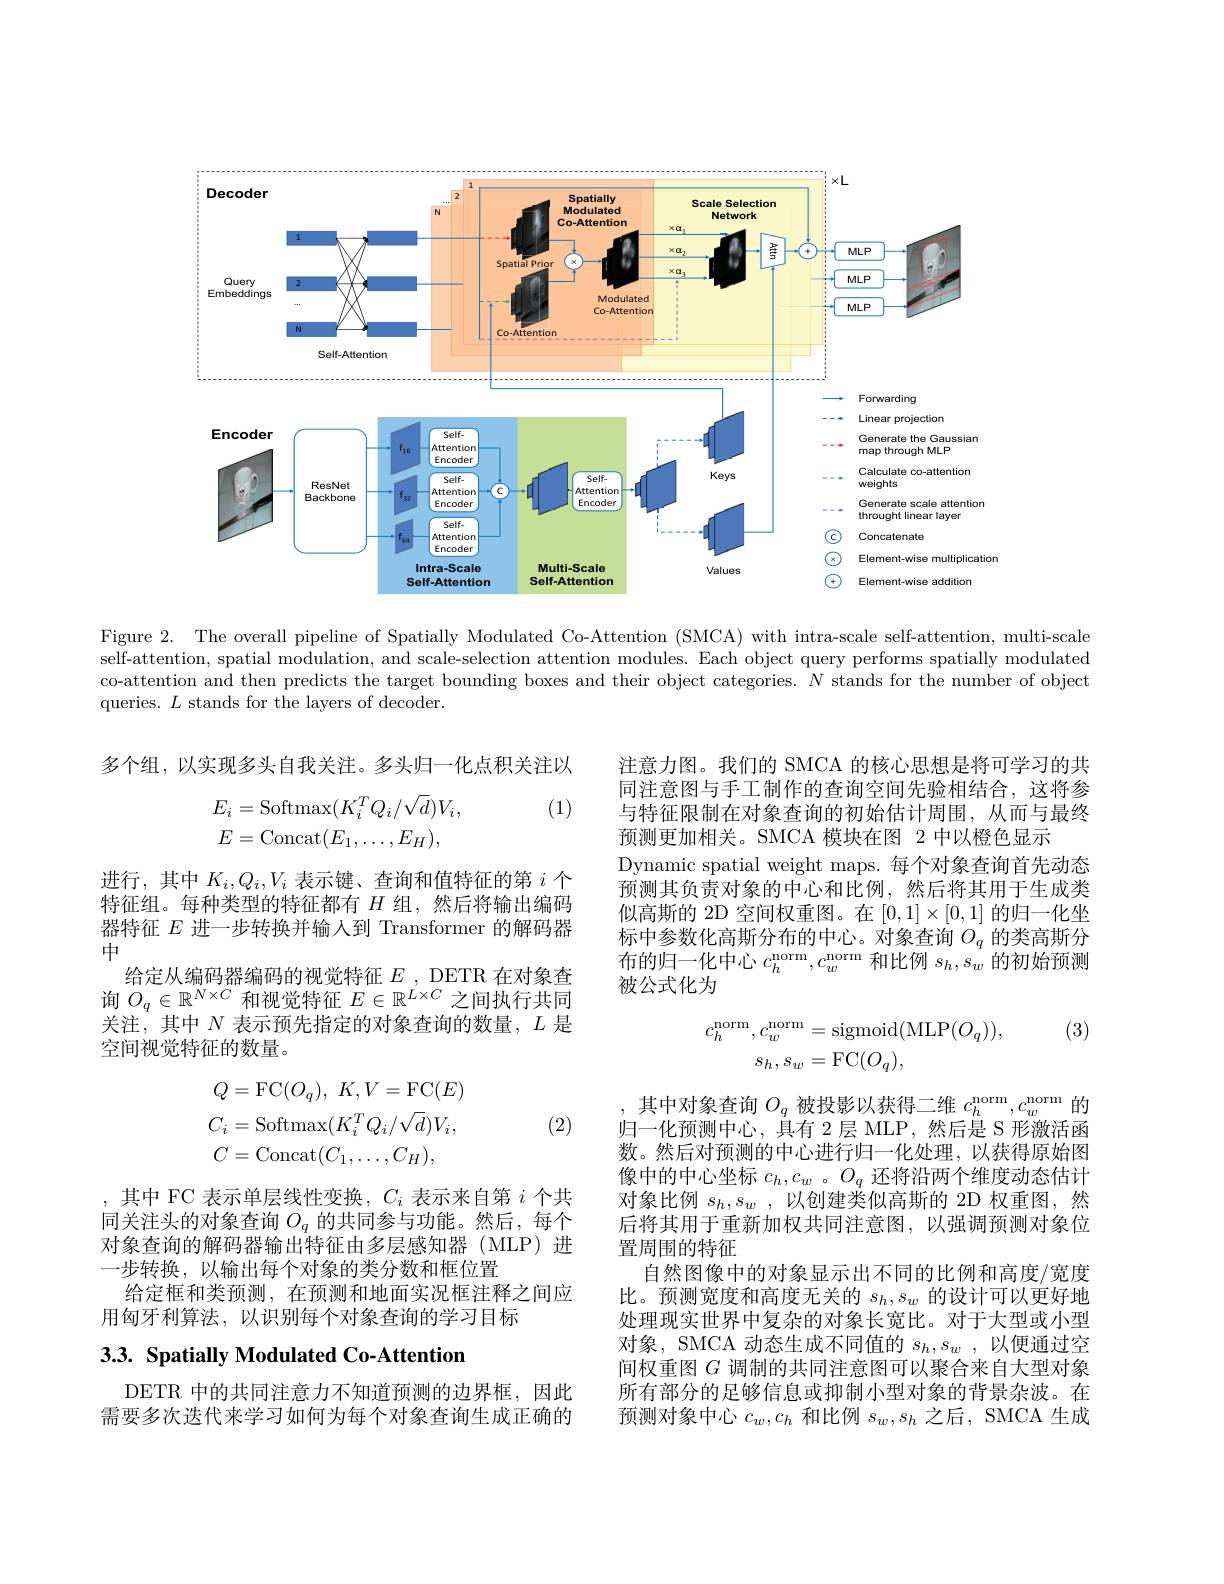
<FigureHere>

Figure 2. The overall pipeline of Spatially Modulated Co-Attention (SMCA) with intra-scale self-attention, multi-scale self-attention, spatial modulation, and scale-selection attention modules. Each object query performs spatially modulated co-attention and then predicts the target bounding boxes and their object categories. $N$ stands for the number of object queries. $L$ stands for the layers of decoder.

多个组，以实现多头自我关注。多头归一化点积关注以

(1)
$$E_{i}=\mathrm{Softmax}(K_{i}^{T}Q_{i}/\sqrt{d})V_{i},\\E=\mathrm{Concat}(E_{1},\ldots,E_{H}),$$
注意力图。我们的 SMCA 的核心思想是将可学习的共同注意图与手工制作的查询空间先验相结合，这将参与特征限制在对象查询的初始估计周围，从而与最终预测更加相关。SMCA 模块在图 2 中以橙色显示
Dynamic spatial weight maps. 每个对象查询首先动态预测其负责对象的中心和比例，然后将其用于生成类似高斯的 2D 空间权重图。在$[0,1]\times[0,1]$的归一化坐标中参数化高斯分布的中心。对象查询$O_q$的类高斯分布的归一化中心$c_h^\mathrm{norm},c_w^\mathrm{norm}$和比例$s_h,s_w$的初始预测被公式化为

进行，其中$K_i,Q_i,V_i$表示键、查询和值特征的第$i$个特征组。每种类型的特征都有$H$组，然后将输出编码器特征$E$进一步转换并输入到 Transformer 的解码器中
给定从编码器编码的视觉特征$E$ , DETR 在对象查询$O_q\in\mathbb{R}^{N\times C}$和视觉特征$E\in\mathbb{R}^L\times C$之间执行共同关注，其中$N$表示预先指定的对象查询的数量，$L$是空间视觉特征的数量。

(3)
$$\begin{aligned}c_{h}^{\mathrm{norm}},c_{w}^{\mathrm{norm}}&=\mathrm{sigmoid}(\mathrm{MLP}(O_{q})),\\s_{h},s_{w}&=\mathrm{FC}(O_{q}),\end{aligned}$$
$$Q=\mathrm{FC}(O_{q}),\:K,V=\mathrm{FC}(E)\\C_{i}=\mathrm{Softmax}(K_{i}^{T}Q_{i}/\sqrt{d})V_{i},\\C=\mathrm{Concat}(C_{1},\ldots,C_{H}),$$
(2)

,其中 FC 表示单层线性变换，$C_i$表示来自第$i$个共同关注头的对象查询$O_q$的共同参与功能。然后，每个对象查询的解码器输出特征由多层感知器(MLP)进一步转换，以输出每个对象的类分数和框位置
给定框和类预测，在预测和地面实况框注释之间应
用匈牙利算法，以识别每个对象查询的学习目标

,其中对象查询$O_q$被投影以获得二维$c_h^\mathrm{norm},c_w^\mathrm{norm}$的归一化预测中心，具有 2层 MLP,然后是 S 形激活函数。然后对预测的中心进行归一化处理，以获得原始图像中的中心坐标$c_h,c_w$ 。$O_q$还将沿两个维度动态估计对象比例$s_h, s_w$ ,以创建类似高斯的 2D 权重图，然后将其用于重新加权共同注意图，以强调预测对象位置周围的特征
自然图像中的对象显示出不同的比例和高度/宽度比。预测宽度和高度无关的$s_h,s_w$的设计可以更好地处理现实世界中复杂的对象长宽比。对于大型或小型对象，SMCA 动态生成不同值的$s_h, s_w$ ,以便通过空间权重图$G$调制的共同注意图可以聚合来自大型对象所有部分的足够信息或抑制小型对象的背景杂波。在预测对象中心$c_w,c_h$和比例$s_w,s_h$之后，SMCA 生成

## 3.3. Spatially Modulated Co-Attention

DETR 中的共同注意力不知道预测的边界框，因此需要多次迭代来学习如何为每个对象查询生成正确的